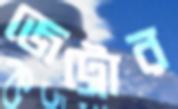
জেট্রোর